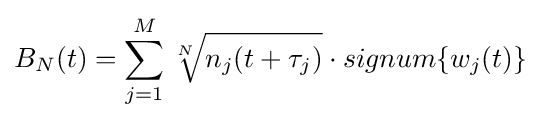
B_{N}(t)=\sum _{j=1}^{M}{\sqrt[{N}]{n_{j}(t+\tau _{j})}}\cdot signum\{w_{j}(t)\}